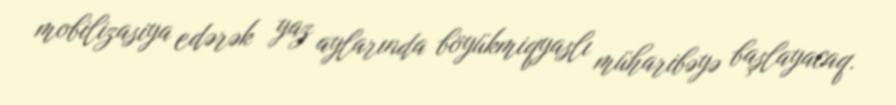
mobilizasiya edərək yaz aylarında böyükmiqyaslı müharibəyə başlayacaq.